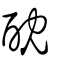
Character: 酖